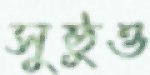
সুষ্ঠুও